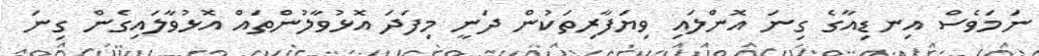
ނަމަވެސް އިނޑިއާގެ ގިނަ އޮންލައި ވިޔަފާރިތަކުން ދަނީ މިފަދަ އޮޅުވާލުންތައް އޮޅުވާލައިގެން ގިނަ